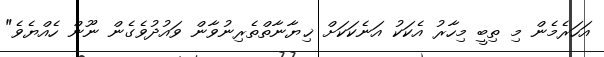
އަހަރެމެން މި ތިބީ މިހާރު އެކަކު އަނެކަކަށް ޚިޔާނާތްތެރިނުވާން ވައުދުވެގެން ނޫން ހެއްޔެވެ"